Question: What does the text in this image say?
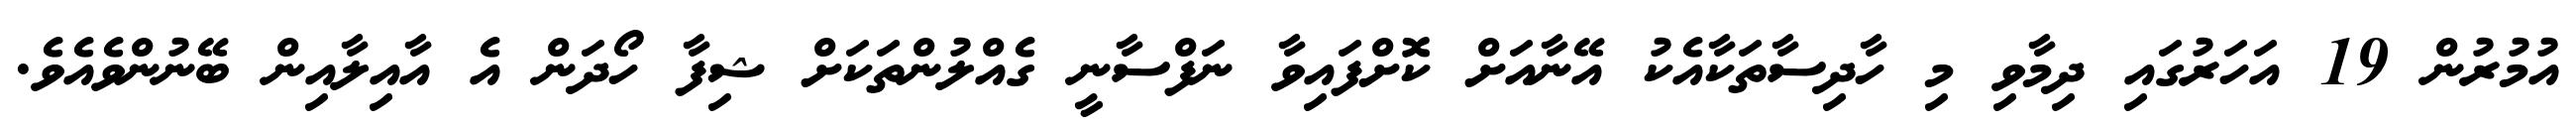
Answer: އުމުރުން 19 އަހަރުގައި ދިމާވި މި ހާދިސާތަކާއެކު އޭނާއަށް ކޮށްފައިވާ ނަފްސާނީ ގެއްލުންތަކަށް ޝިފާ ހޯދަން އެ އާއިލާއިން ބޭނުންވެއެވެ.